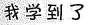
我学到了